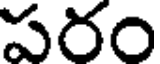
పరం